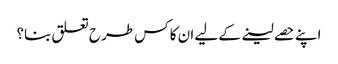
اپنے حصے لینے کے لیے ان کا کس طرح تعلق بنا؟